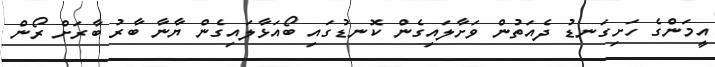
އީމަންގެ ހަށިގަނޑު ދެއަތުން ވަށާލައިގެން ކޮނޑުގައި ބޯއަޅާލައިގެން ޔާނާ ބާރު ބާރަށް ރޯން